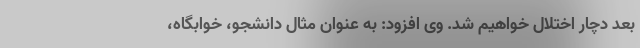
بعد دچار اختلال خواهیم شد. وی افزود: به عنوان مثال دانشجو، خوابگاه،